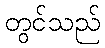
တွင်သည်